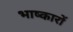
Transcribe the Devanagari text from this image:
भाष्कारों